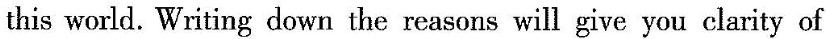
this world. Writing down the reasons will give you clarity of